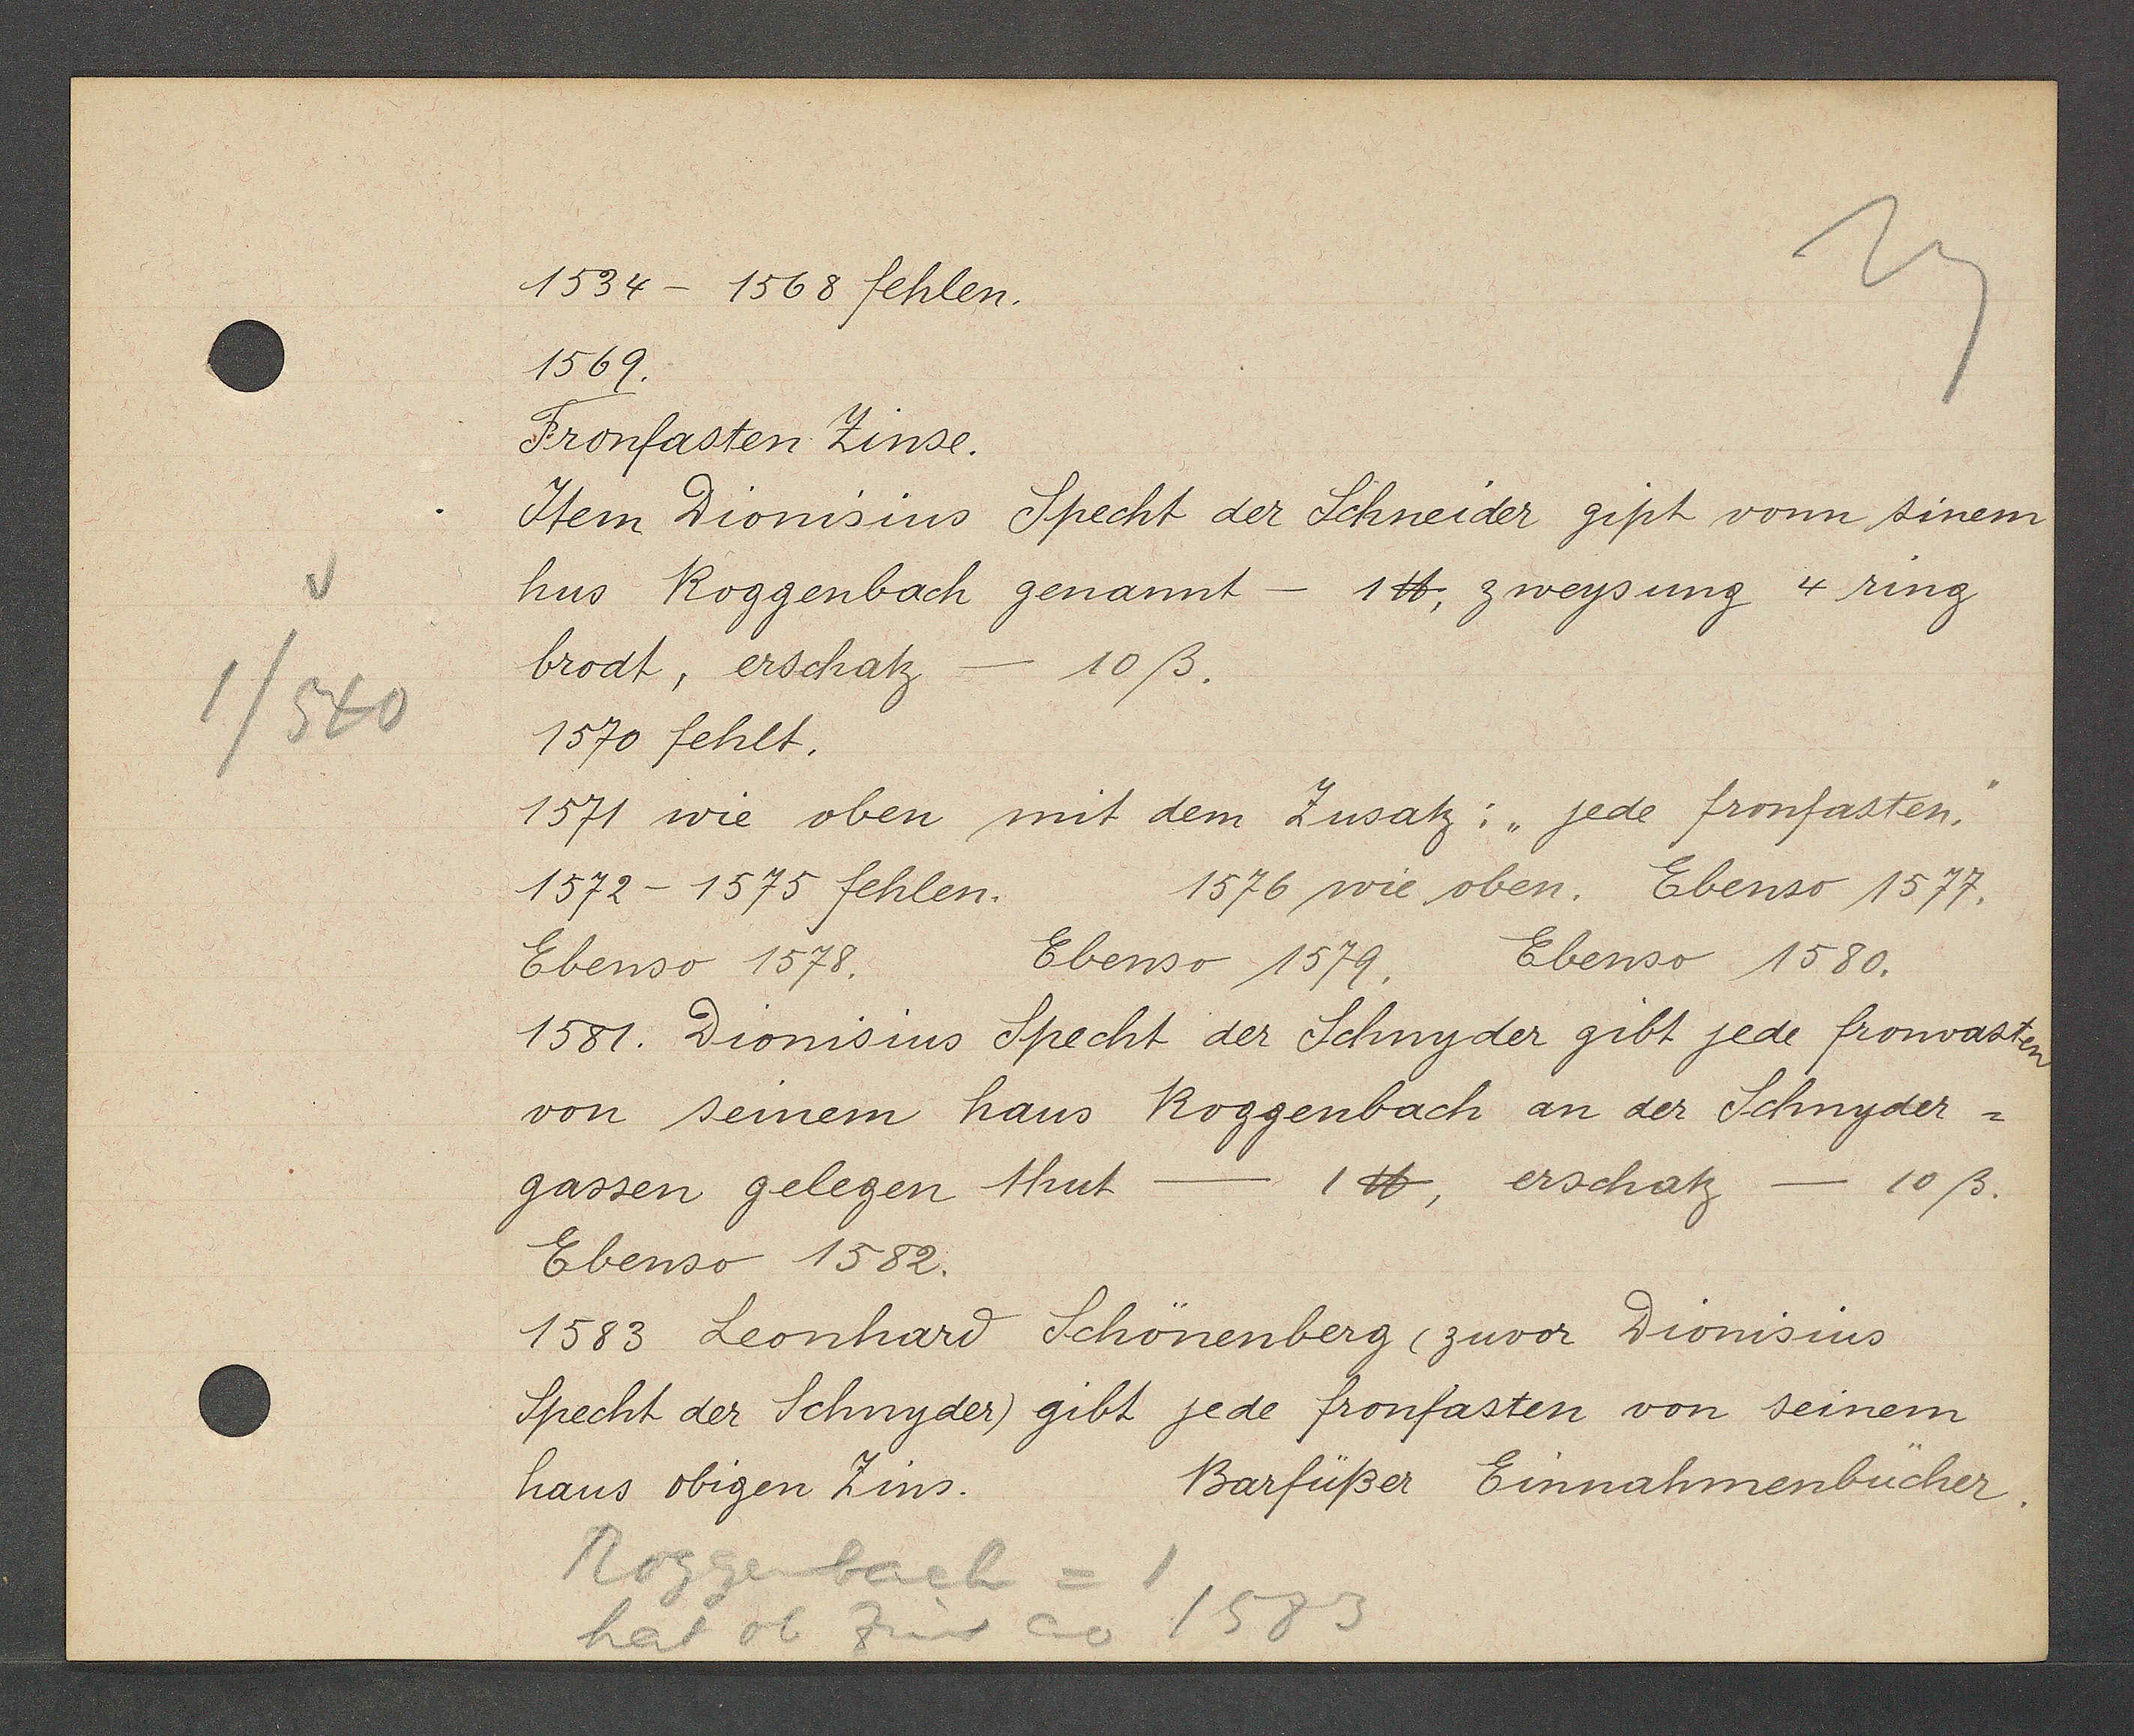
Transcript:
1/540

1534 - 1568 fehlen.

1569.
Fronfasten Zinse.
Item Dionisins Specht der Schneider gipt vonn sinem
hus Roggenbach genannt - 1℔, zweysung 4ring
brodt, erschatz
10ß.
1570 fehlt.
1571 wie oben mit dem Zusatz: "jede fronfasten."
1572-1575 fehlen.
1576 wie oben. Ebenso 1577.
Ebenso 1579.
Ebenso 1580.
Ebenso 1578.
1581. Dionisins Specht der Schnyder gibt jede fronvasten
von seinem haus Roggenbach an der Schnyder¬
gassen gelegen thut
1℔, erschatz-
10ß.
Ebenso 1582.
1583 Leonhard Schönenberg (zuvor Dionisins
Specht der Schnyder) gibt jede fronfasten von seinem
haus obigen Zins.

Roggenbach = 1
1583
hat ob zins ao

Barfüßer Einnahmenbücher.